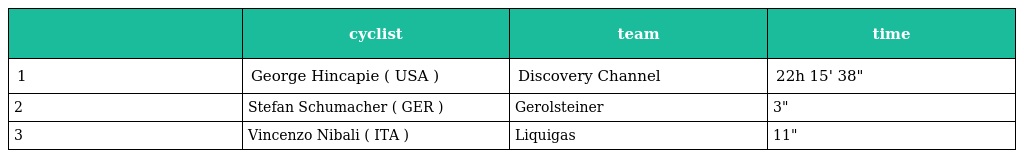
|  | cyclist | team | time |
 | --- | --- | --- | --- |
 | 1 | George Hincapie ( USA ) | Discovery Channel | 22h 15' 38" |
 | 2 | Stefan Schumacher ( GER ) | Gerolsteiner | 3" |
 | 3 | Vincenzo Nibali ( ITA ) | Liquigas | 11" |